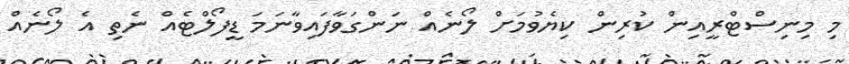
މި މިނިސްޓްރީއިން ކުރިން ކިޔެވުމަށް ލޯނެއް ނަންގަވާފައިވާނަމަ ޑީފޯލްޓެއް ނެތި އެ ލޯނެއް